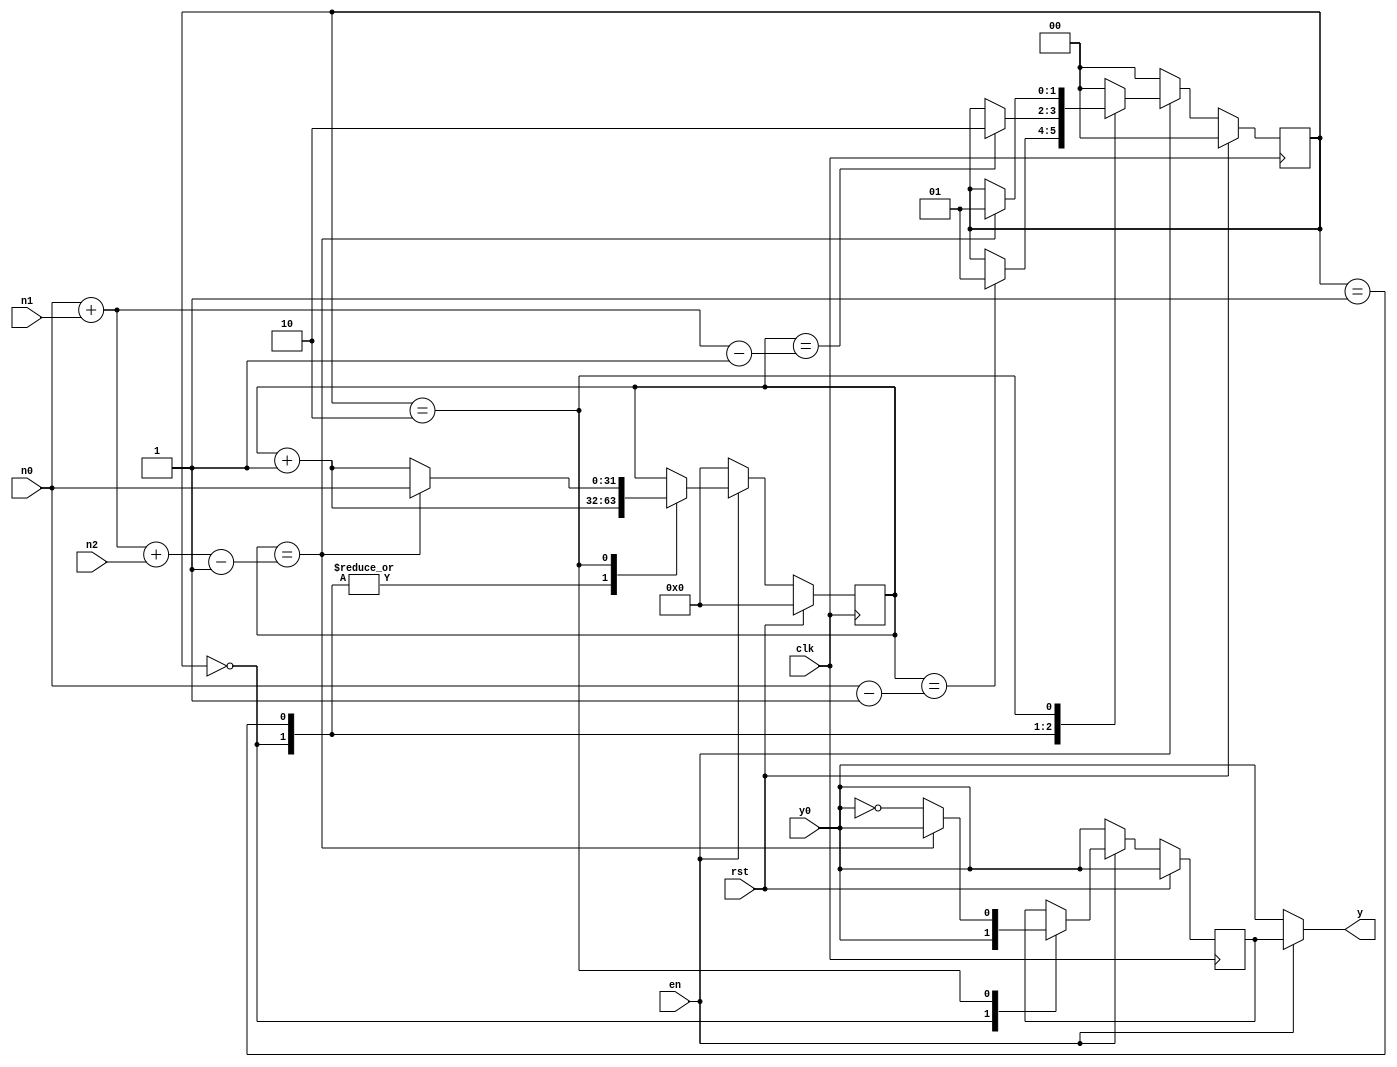
///////////////////////////////////////////////////////////////////////////////////
// Tyler Anderson Tue 08/27/2019_21:47:43.01
//
// multivib.v
//
// Multivibrator.
// n0 determines the startup delay
// n1 determines the number of cycles in the 1st phase of cycle,
// n2 determines the number of cycles in the 2nd phase of cycle,
// y0 is the starting value
// input en   
module multivib
  (
   input 	clk,
   input 	rst,
   input 	en,
   input [31:0] n0, 
   input [31:0] n1,
   input [31:0] n2,
   input 	y0,
   output 	y
   );
   
   reg 		i_y = 0; 
   reg [31:0] 	cnt;
   localparam
     S0=0,
     S1=1,
     S2=2; 
   reg [1:0] 	fsm=0; 
   
   assign y = en ? i_y : y0; 
   always @(posedge clk)
     if(rst)
       begin
	  fsm <= S0;
	  i_y <= y0;
	  cnt <= 0; 
       end
     else if(!en)
       begin
	  fsm <= S0;
	  i_y <= y0;
	  cnt <= 0;
       end
     else
       begin
	  case(fsm)
	  
	    S0:
	      begin
		 i_y <= y0; 
		 cnt <= cnt + 1;
		 if(cnt == n0-1)
		   fsm <= S1; 
	      end
	    
	    S1:
	      begin
		 if(!en)
		   fsm <= S0;
		 else
		   begin
		      cnt <= cnt + 1; 
		      if(cnt == n0+n1-1)
			fsm <= S2; 
		   end
	      end
	    
	    S2:
	      begin
		 if(!en)
		   fsm <= S0;
		 else
		   begin
		      i_y <= !y0; 
		      cnt <= cnt + 1;
		      if(cnt == n0+n1+n2-1)
			begin 
			   i_y <= y0; 
			   fsm <= S1;
			   cnt <= n0;
			end
		   end
	      end
	    
	    default: fsm <= S0;
	  endcase
       end  
          
endmodule